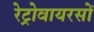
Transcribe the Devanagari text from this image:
रेट्रोवायरसों